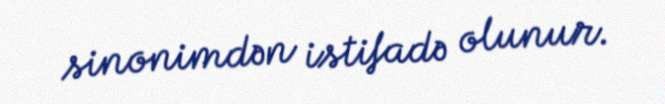
sinonimdən istifadə olunur.